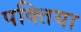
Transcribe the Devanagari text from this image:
पक्तिया